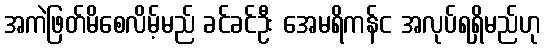
အကဲဖြတ်မိစေလိမ့်မည် ခင်ခင်ဦး အေမရိကန်င အလုပ်ရရှိမည်ဟု